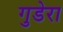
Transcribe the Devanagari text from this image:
गुडेरा